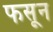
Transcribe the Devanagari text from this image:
फसून